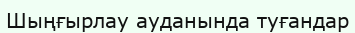
Шыңғырлау ауданында туғандар